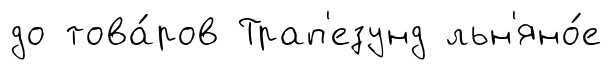
до това́ров Трап'езунд льн'яно́е